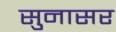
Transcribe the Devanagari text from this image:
सुनासर